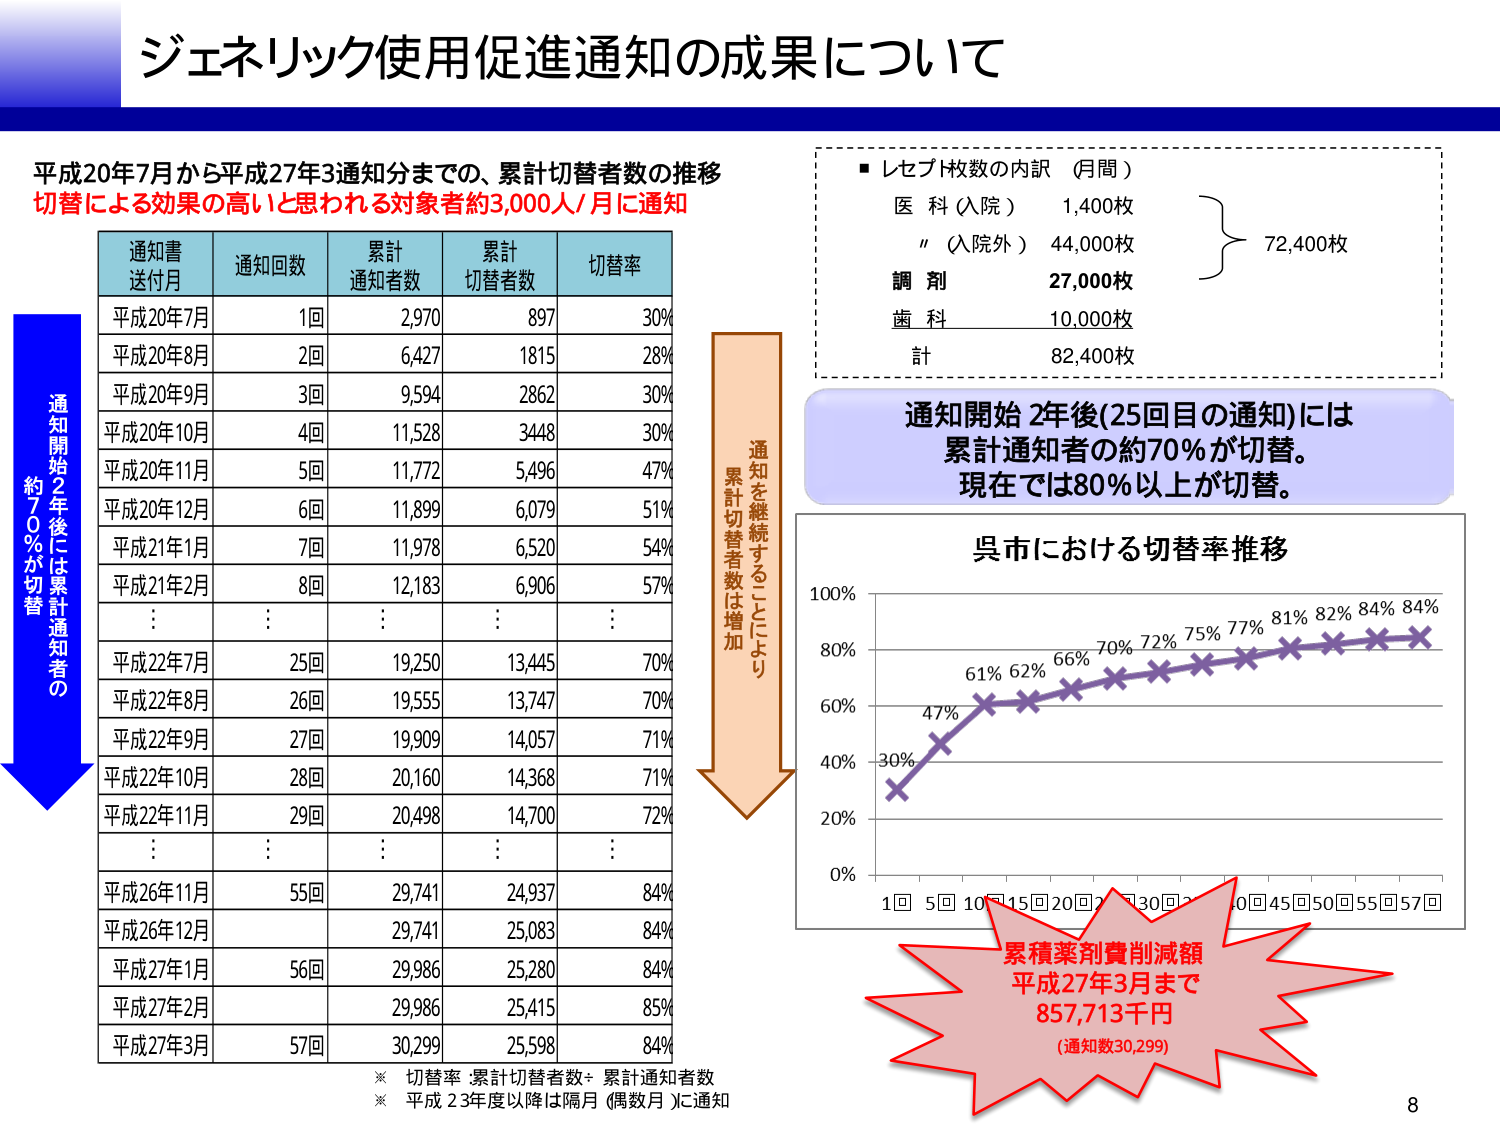
ジェネリック使用促進通知の成果について

平成20年7月から平成27年3通知分までの、累計切替者数の推移
切替による効果の高いと思われる対象者約3,000人/月に通知

通知書
送付月　通知回数　累計通知者数　累計切替者数　切替率
平成20年7月　1回　2,970　897　30%
平成20年8月　2回　6,427　1815　28%
平成20年9月　3回　9,594　2862　30%
平成20年10月　4回　11,528　3448　30%
平成20年11月　5回　11,772　5,496　47%
平成20年12月　6回　11,899　6,079　51%
平成21年1月　7回　11,978　6,520　54%
平成21年2月　8回　12,183　6,906　57%
　　　　：　：　：　：　：
平成22年7月　25回　19,250　13,445　70%
平成22年8月　26回　19,555　13,747　70%
平成22年9月　27回　19,909　14,057　71%
平成22年10月　28回　20,160　14,368　71%
平成22年11月　29回　20,498　14,700　72%
　　　　：　：　：　：　：
平成26年11月　55回　29,741　24,937　84%
平成26年12月　29,741　25,083　84%
平成27年1月　56回　29,986　25,280　84%
平成27年2月　29,986　25,415　85%
平成27年3月　57回　30,299　25,598　84%

※ 切替率 = 累計切替者数 ÷ 累計通知者数
※ 平成23年度以降は隔月（偶数月）に通知

通知開始2年後には累計通知者の約70%が切替

レセプト枚数の内訳（月間）
医科（入院）　1,400枚
〃（入院外）　44,000枚
調剤　27,000枚
歯科　10,000枚
計　82,400枚
　　　　　　　　　　　　　　　72,400枚

通知開始2年後（25回目の通知）には
累計通知者の約70%が切替。
現在では80%以上が切替。

呉市における切替率推移
100%
80%　61% 62% 66% 70% 72% 75% 77% 81% 82% 84% 84%
60%　47%
40%　30%
20%
0%
1回 5回 10回 15回 20回 25回 30回 35回 40回 45回 50回 55回 57回

通知を継続することにより
累計切替者数は増加

累積薬剤費削減額
平成27年3月まで
857,713千円
（通知数30,299）

8